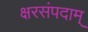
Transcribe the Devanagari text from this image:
क्षरसंपदाम्